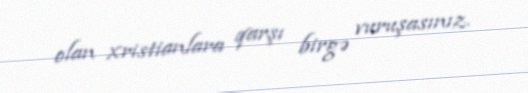
olan xristianlara qarşı birgə vuruşasınız.